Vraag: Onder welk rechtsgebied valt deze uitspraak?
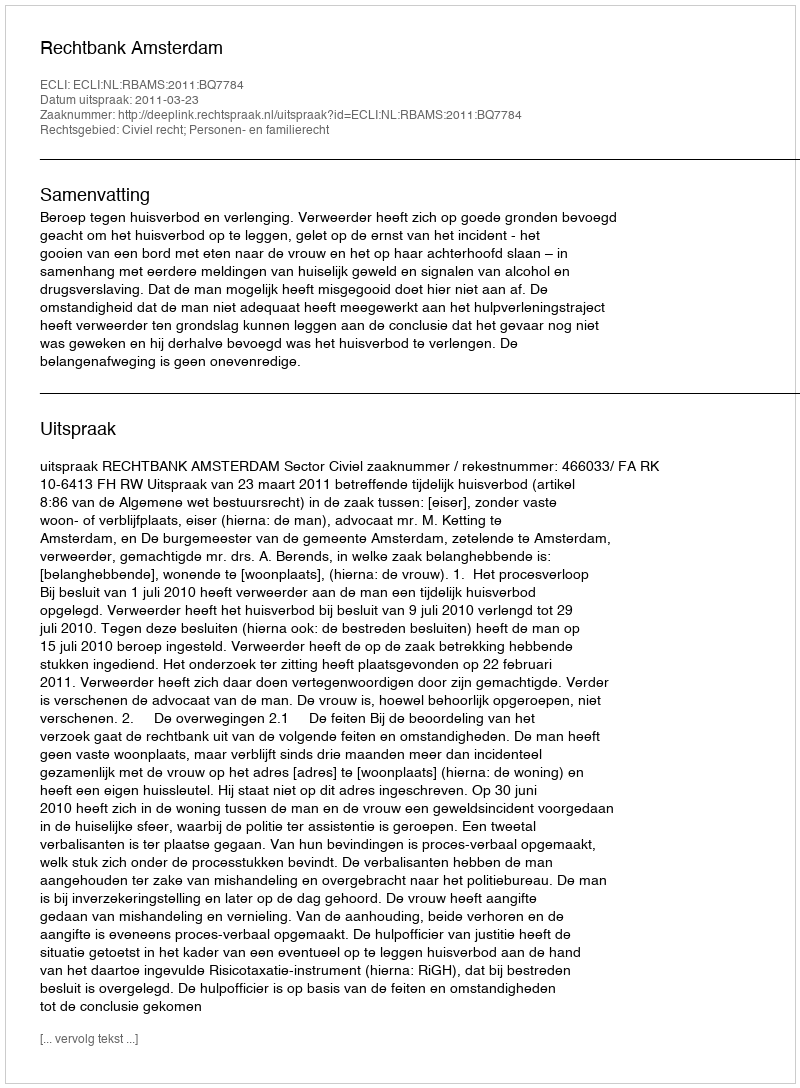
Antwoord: Civiel recht; Personen- en familierecht